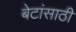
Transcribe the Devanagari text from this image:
बेटांसाठी